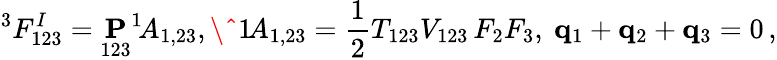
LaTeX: ^3F_{123}^{I}=\underset{123}{\mathbf P}^{1\! }A_{1,23},\^ {1\! }A_{1,23}=\frac 12T_{123}V_{123}\, F_{2}F_{3},\ {\mathbf q}_{1}+{\mathbf q}_{2}+{\mathbf q}_{3}=0\, ,